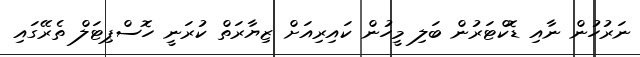
ނަރުހުން ނާއި ޑޮކްޓަރުން ބަލި މީހުން ކައިރިއަށް ޒިޔާރަތް ކުރަނީ ހޮސްޕިޓަލް ތެރޭގައި